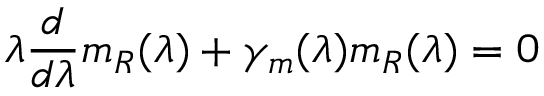
\lambda \frac d { d \lambda } m _ { R } ( \lambda ) + \gamma _ { m } ( \lambda ) m _ { R } ( \lambda ) = 0